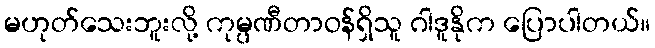
မဟုတ်သေးဘူးလို့ ကုမ္ပဏီတာဝန်ရှိသူ ဂါဒူနိုက ပြောပါတယ်။